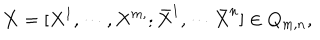
{ \bf X } = [ X ^ { 1 } , \cdots , X ^ { m , } ; \bar { X } ^ { 1 } , \cdots \bar { X } ^ { n } ] \in Q _ { m , n } ,